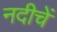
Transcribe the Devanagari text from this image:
नदीचें